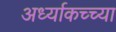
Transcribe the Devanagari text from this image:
अर्ध्याकच्च्या